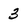
Character: 3